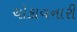
ચોકાવનારી